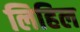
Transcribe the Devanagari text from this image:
लिहिल